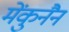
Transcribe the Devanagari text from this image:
मेंकुनैन